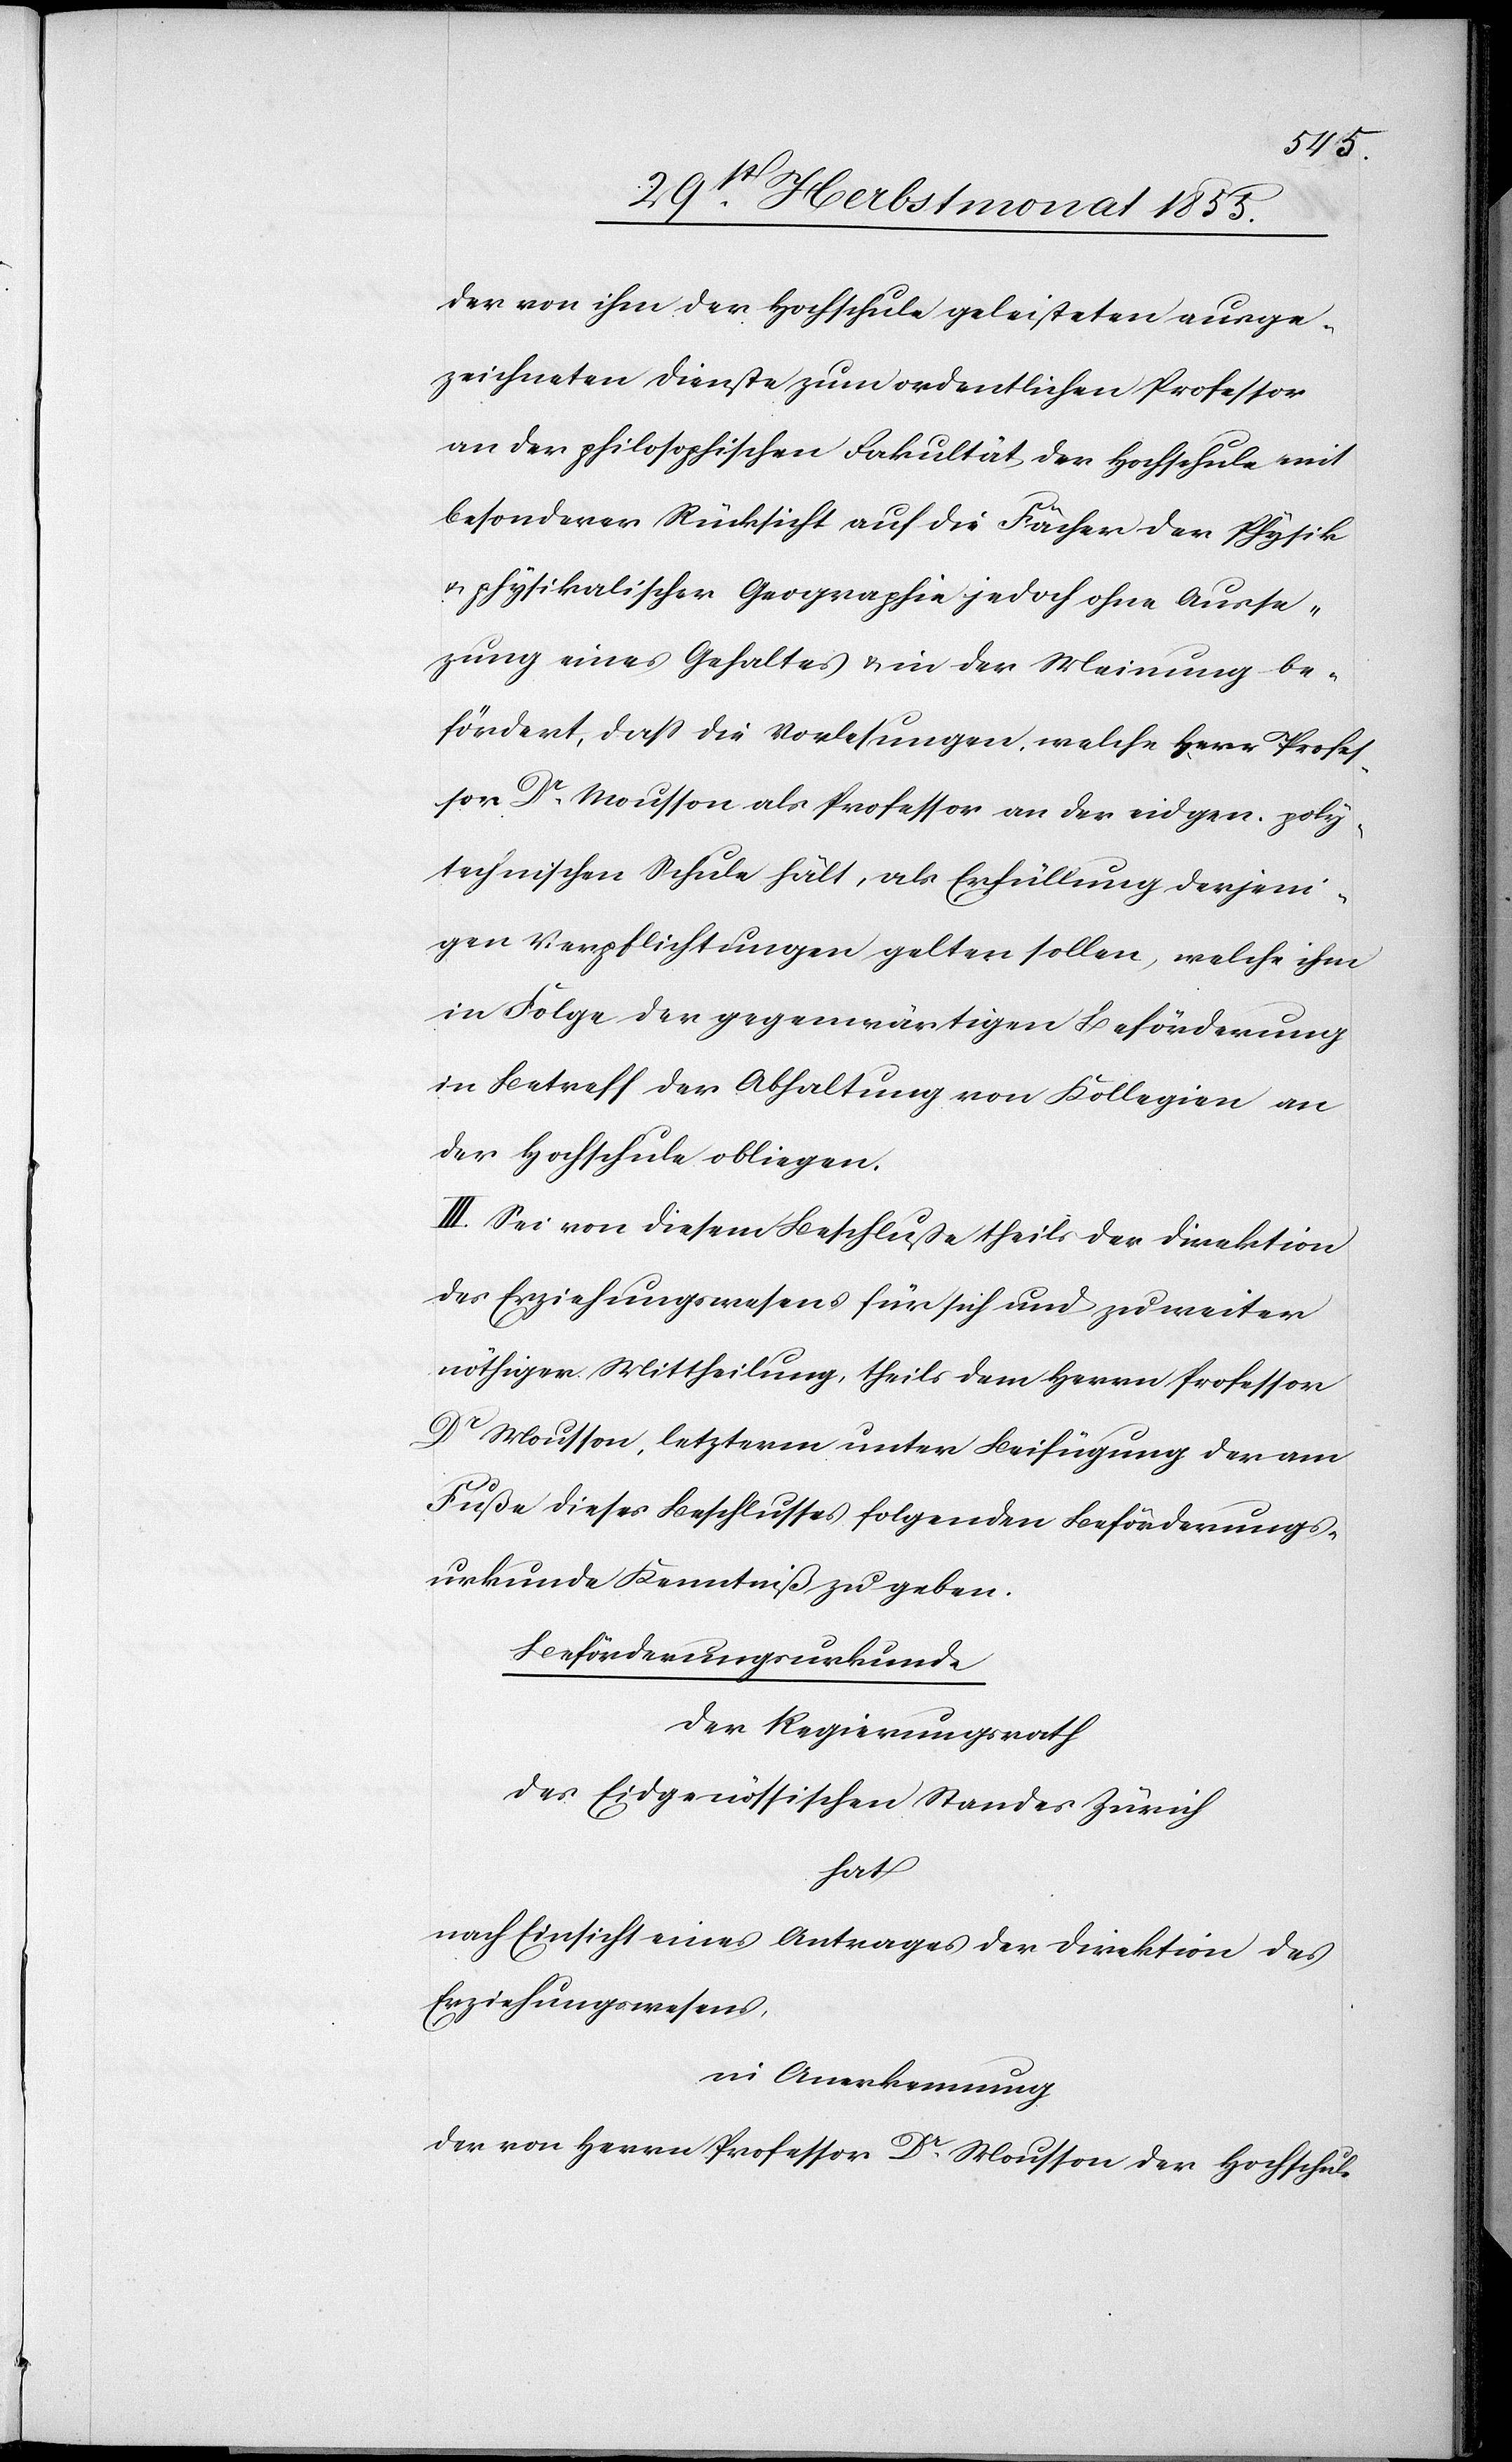
der von ihm der Hochschule geleisteten ausge¬
zeichneten Dienste zum ordentlichen Professor
an der philosophischen Fakultät der Hochschule mit
besonderer Rücksicht auf die Fächer der Physik
& physikalischer Geographie jedoch ohne Ausse[t]z¬
ung eines Gehaltes & in der Meinung be¬
fördert, dass die Vorlesungen, welche Herr Profes¬
sor Dr. Mousson als Professor an der eidgen. poly¬
technischen Schule hält, als Erfüllung derjeni¬
gen Verpflichtungen gelten sollen, welche ihm
in Folge der gegenwärtigen Beförderung
in Betreff der Abhaltung von Kollegien an
der Hochschule obliegen.
III. Sei von diesem Beschluße theils der Direktion
des Erziehungswesens für sich und zu weiter
nöthiger Mittheilung, theils dem Herrn Professor
Dr Mousson, letzterm unter Beifügung der am
Fuße dieses Beschlusses folgenden Beförderungs¬
urkunde Kenntniß zu geben.
Beförderungsurkunde
Der Regierungsrath
des Eidgenössischen Standes Zürich
hat
nach Einsicht eines Antrages der Direktion des
Erziehungswesens,
in Anerkennung
der von Herrn Professor Dr. Mousson der Hochschule